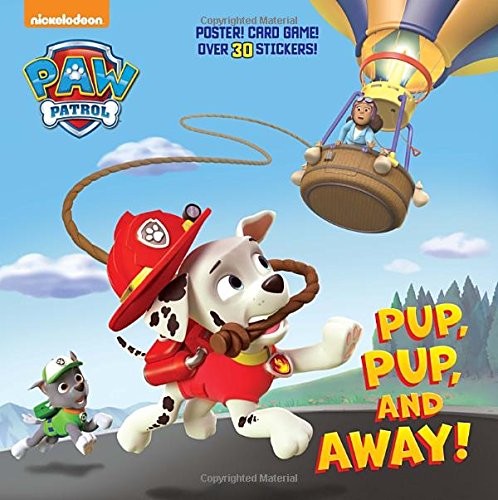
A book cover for Pup, Pup, and Away! (Paw Patrol) (Super Deluxe Pictureback); Random House; Children's Books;